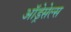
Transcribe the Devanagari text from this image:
ऑड्रेसेल्स